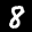
Label: 8